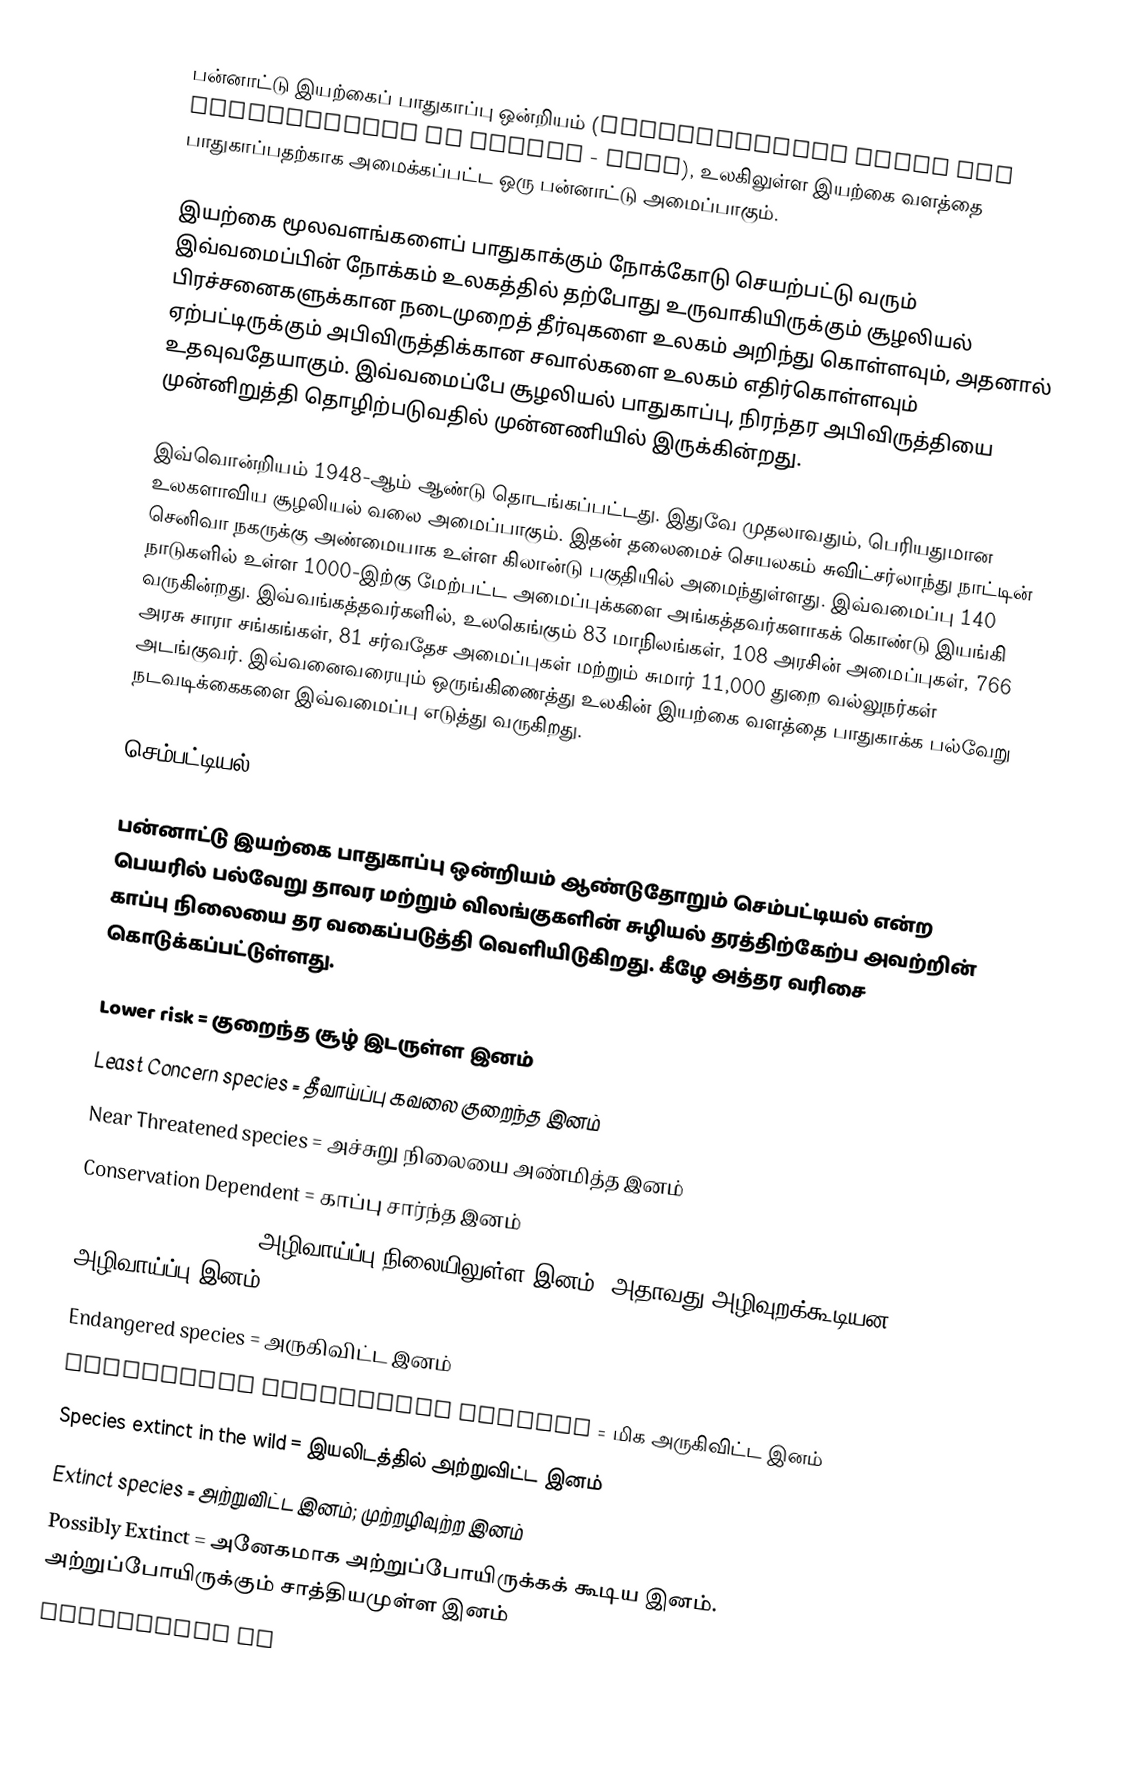
பன்னாட்டு இயற்கைப் பாதுகாப்பு ஒன்றியம் (International Union for Conservation of Nature - IUCN), உலகிலுள்ள இயற்கை வளத்தை பாதுகாப்பதற்காக அமைக்கப்பட்ட ஒரு பன்னாட்டு அமைப்பாகும்.

இயற்கை மூலவளங்களைப் பாதுகாக்கும் நோக்கோடு செயற்பட்டு வரும் இவ்வமைப்பின் நோக்கம் உலகத்தில் தற்போது உருவாகியிருக்கும் சூழலியல் பிரச்சனைகளுக்கான நடைமுறைத் தீர்வுகளை உலகம் அறிந்து கொள்ளவும், அதனால் ஏற்பட்டிருக்கும் அபிவிருத்திக்கான சவால்களை உலகம் எதிர்கொள்ளவும் உதவுவதேயாகும். இவ்வமைப்பே சூழலியல் பாதுகாப்பு, நிரந்தர அபிவிருத்தியை முன்னிறுத்தி தொழிற்படுவதில் முன்னணியில் இருக்கின்றது.

இவ்வொன்றியம் 1948-ஆம் ஆண்டு தொடங்கப்பட்டது. இதுவே முதலாவதும், பெரியதுமான உலகளாவிய சூழலியல் வலை அமைப்பாகும். இதன் தலைமைச் செயலகம் சுவிட்சர்லாந்து நாட்டின் செனிவா நகருக்கு அண்மையாக உள்ள கிலான்டு பகுதியில் அமைந்துள்ளது. இவ்வமைப்பு 140 நாடுகளில் உள்ள 1000-இற்கு மேற்பட்ட அமைப்புக்களை அங்கத்தவர்களாகக் கொண்டு இயங்கி வருகின்றது. இவ்வங்கத்தவர்களில், உலகெங்கும் 83 மாநிலங்கள், 108 அரசின் அமைப்புகள், 766 அரசு சாரா சங்கங்கள், 81 சர்வதேச அமைப்புகள் மற்றும் சுமார் 11,000 துறை வல்லுநர்கள் அடங்குவர். இவ்வனைவரையும் ஒருங்கிணைத்து உலகின் இயற்கை வளத்தை பாதுகாக்க பல்வேறு நடவடிக்கைகளை இவ்வமைப்பு எடுத்து வருகிறது.

செம்பட்டியல்

பன்னாட்டு இயற்கை பாதுகாப்பு ஒன்றியம் ஆண்டுதோறும் செம்பட்டியல் என்ற பெயரில் பல்வேறு தாவர மற்றும் விலங்குகளின் சுழியல் தரத்திற்கேற்ப அவற்றின் காப்பு நிலையை தர வகைப்படுத்தி வெளியிடுகிறது. கீழே அத்தர வரிசை கொடுக்கப்பட்டுள்ளது.

 Lower risk = குறைந்த சூழ் இடருள்ள இனம்
 Least Concern species = தீவாய்ப்பு கவலை குறைந்த இனம்
 Near Threatened species = அச்சுறு நிலையை அண்மித்த இனம்
 Conservation Dependent = காப்பு சார்ந்த இனம்
 Vulnerable species = அழிவாய்ப்பு நிலையிலுள்ள இனம். அதாவது அழிவுறக்கூடியன; அழிவாய்ப்பு இனம்
 Endangered species = அருகிவிட்ட இனம்
 Critically endangered species = மிக அருகிவிட்ட இனம்
 Species extinct in the wild = இயலிடத்தில் அற்றுவிட்ட இனம்
 Extinct species = அற்றுவிட்ட இனம்; முற்றழிவுற்ற இனம்
 Possibly Extinct = அனேகமாக அற்றுப்போயிருக்கக் கூடிய இனம். அற்றுப்போயிருக்கும் சாத்தியமுள்ள இனம்
 Critically Im